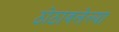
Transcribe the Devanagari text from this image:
ठोठावलेल्या